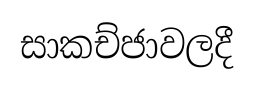
සාකච්ජාවලදී